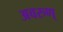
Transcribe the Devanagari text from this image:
अवरुण्